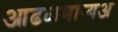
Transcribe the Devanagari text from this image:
आढळणार्‍यअ